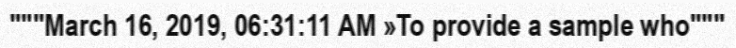
"""March 16, 2019, 06:31:11 AM »To provide a sample who"""